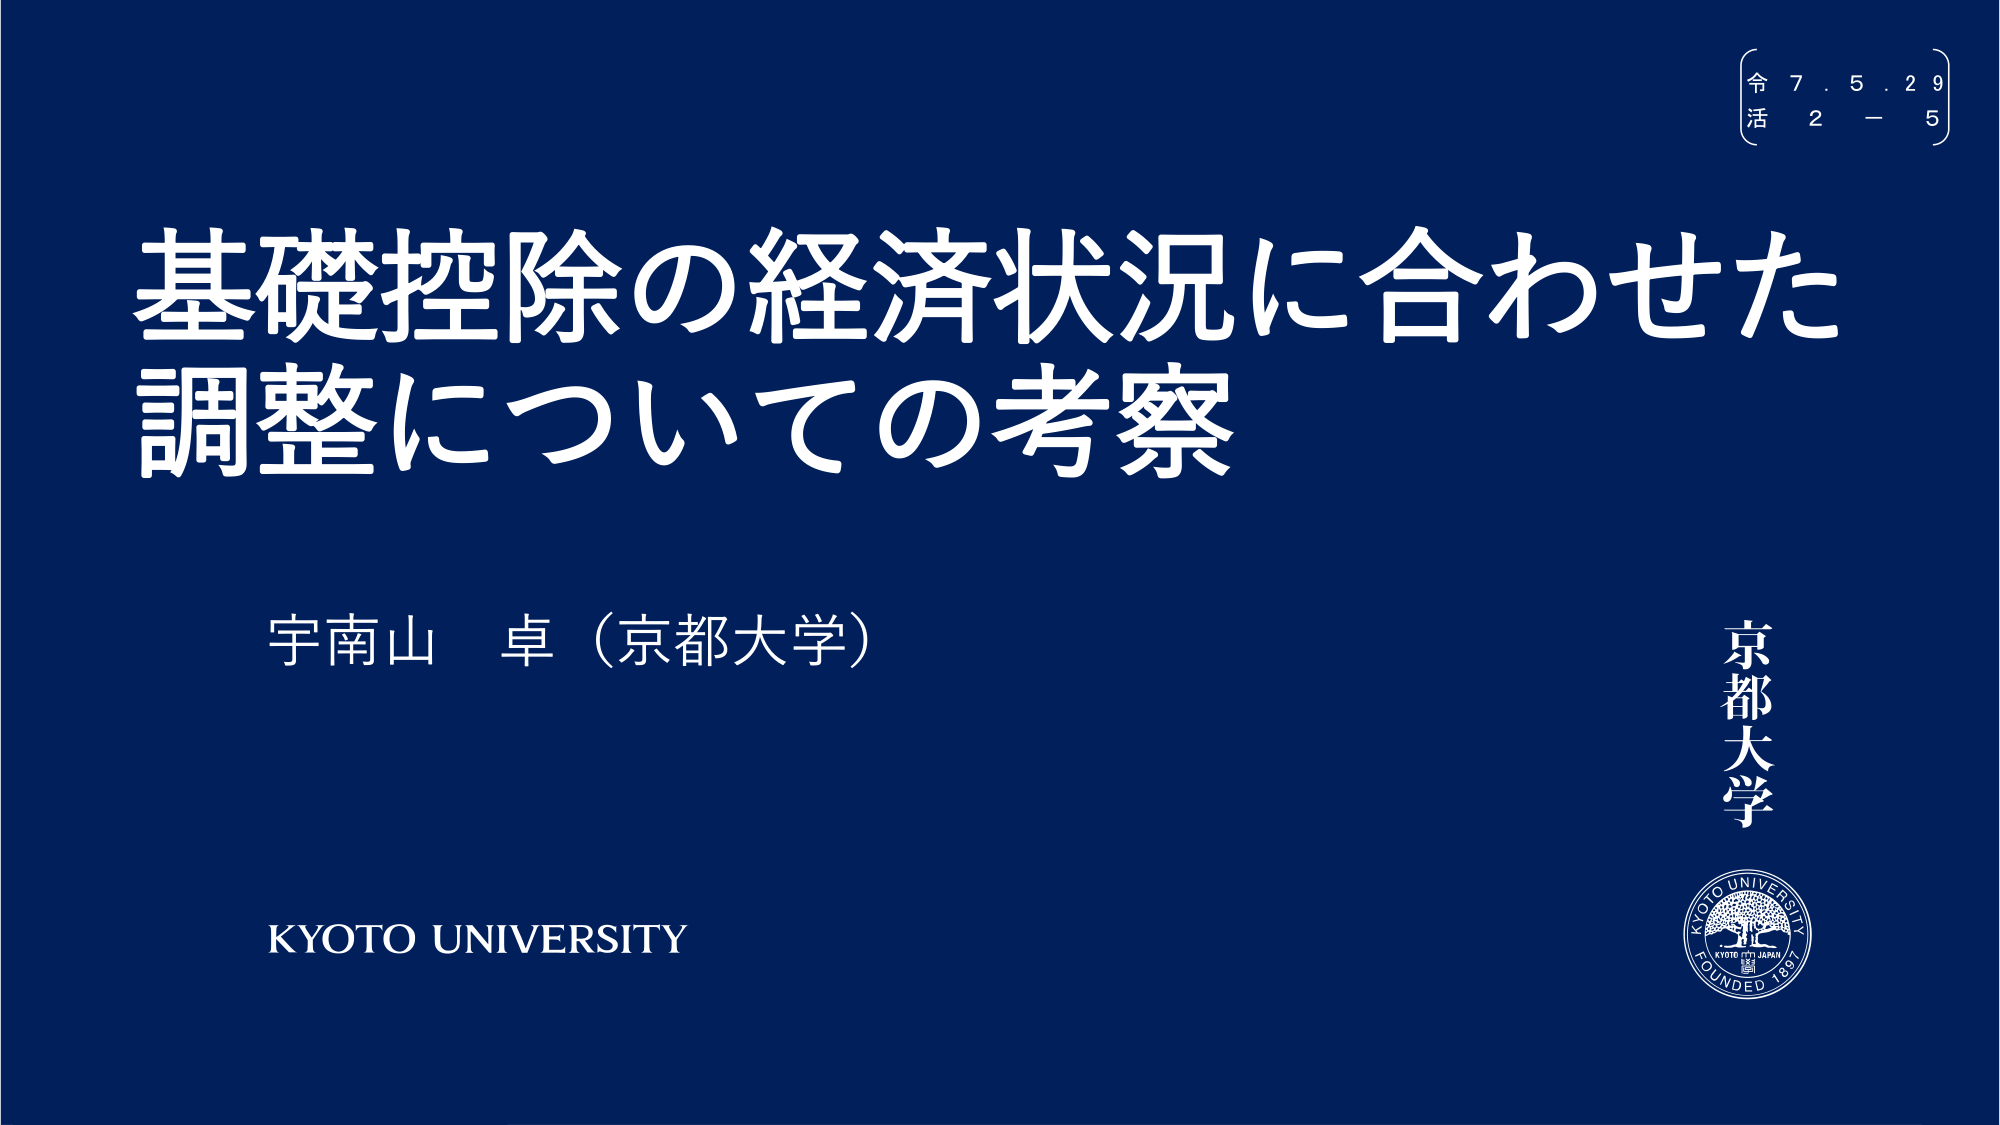
令 7. 5. 2 9
活 2 - 5

基礎控除の経済状況に合わせた
調整についての考察

宇南山 卓（京都大学）

京都大学

KYOTO UNIVERSITY

KYOTO UNIVERSITY
KYOTO JAPAN
FOUNDED 1861